342_HS1-416511228_319.1 Flying Discs 1949
Agency: Department of War
Incident date: 1/9/50
Page 14
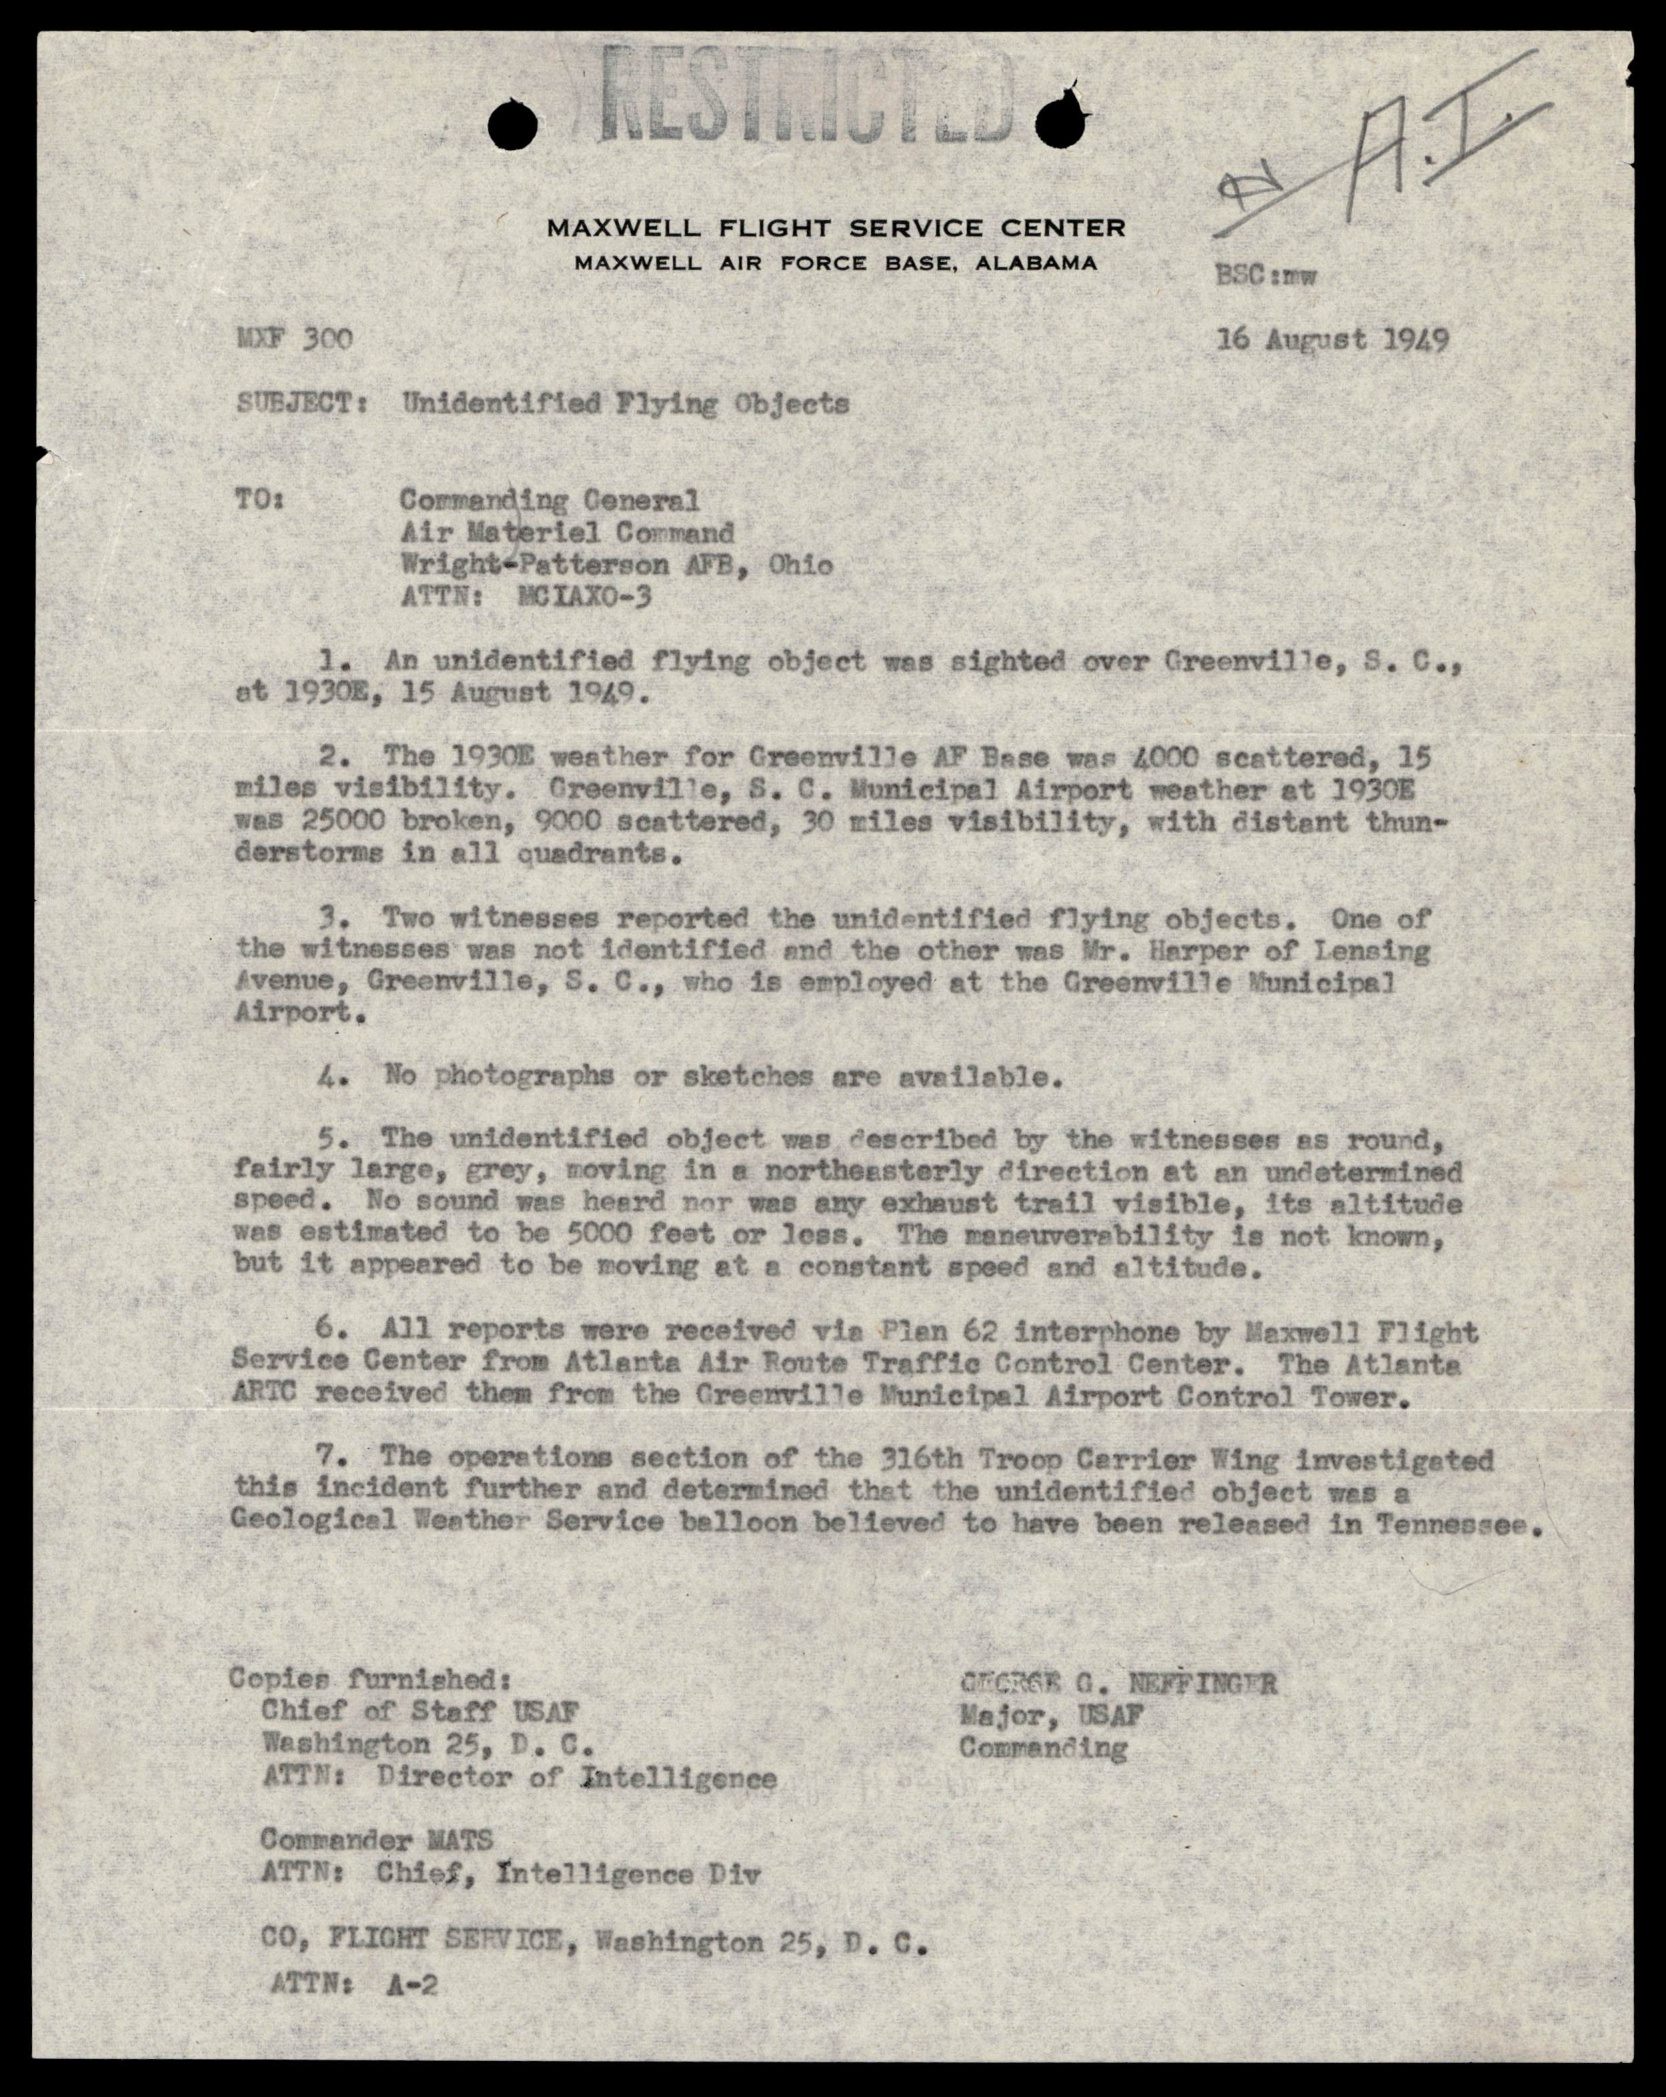